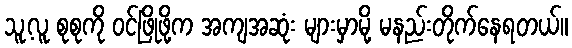
သူ့လူ စုစုကို ဝင်ဖြိုဖို့က အကျအဆုံး များမှာမို့ မနည်းတိုက်နေရတယ်။